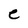
Character: e